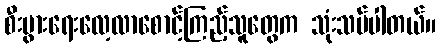
စီးပွားရေးလေ့လာစောင့်ကြည့်သူတွေက သုံးသပ်ပါတယ်။